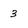
Character: 3